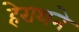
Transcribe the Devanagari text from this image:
हेराथने